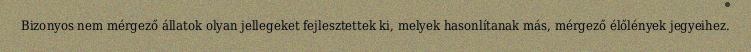
Bizonyos nem mérgező állatok olyan jellegeket fejlesztettek ki, melyek hasonlítanak más, mérgező élőlények jegyeihez.